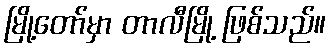
မြို့တော်မှာ တာလီမြို့ ဖြစ်သည်။